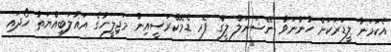
އެކަމަނާ ލީޑަރަކަށް ހުންނަވާ ނޭޝަނަލް ލީގް ފޮރ ޑެމޮކްރަސީއިން މަޖިލީހުގެ އަޣުލަބިއްޔަތު ހޯދައި